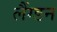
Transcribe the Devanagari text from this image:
लैंग्डन